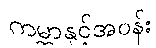
ကမ္ဘာနှင့်အဝန်း